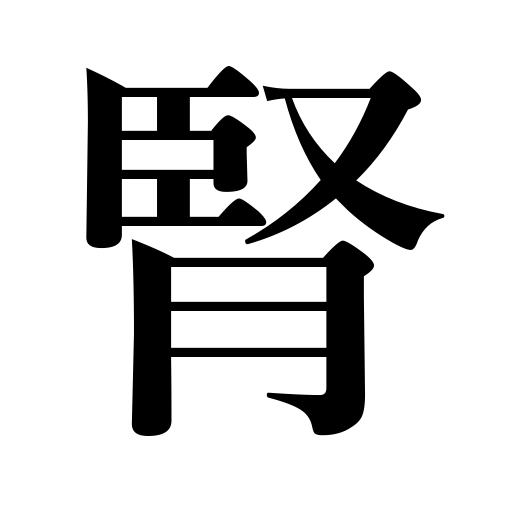
Meanings: kidney